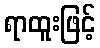
ရာထူးဖြင့်